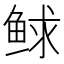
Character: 𩾁